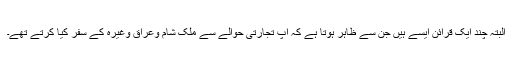
البتہ چند ایک قرائن ایسے ہیں جن سے ظاہر ہوتا ہے کہ آپ تجارتی حوالے سے ملک شام وعراق وغیرہ کے سفر کیا کرتے تھے۔